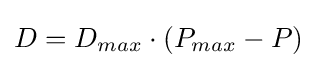
D=D_{max}\cdot (P_{max}-P)